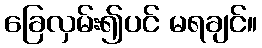
ခြေလှမ်း၍ပင် မရချင်။